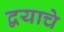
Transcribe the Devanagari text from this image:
द्वयाचे